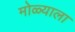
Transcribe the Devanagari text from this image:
मोळ्याला